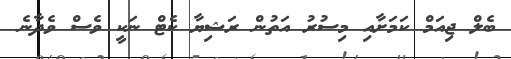
ބެލް ޖިއަމް ކަމަށާއި މިސުރު އަތުން ރަޝިޔާ ކެޓް ނަކީ ވެސް ވެދާނެ